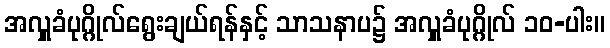
အလှူခံပုဂ္ဂိုလ်ရွေးချယ်ရန်နှင့် သာသနာပ၌ အလှူခံပုဂ္ဂိုလ် ၁၀-ပါး။